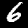
Digit: 6